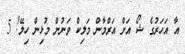
އާ އަހަރުގެ ޝޯ އަށް އަރްމާން މަލިކް ވަނުން މުޅިން ހިލޭ! 5